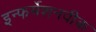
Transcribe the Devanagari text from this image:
इन्फर्मेशनवीक